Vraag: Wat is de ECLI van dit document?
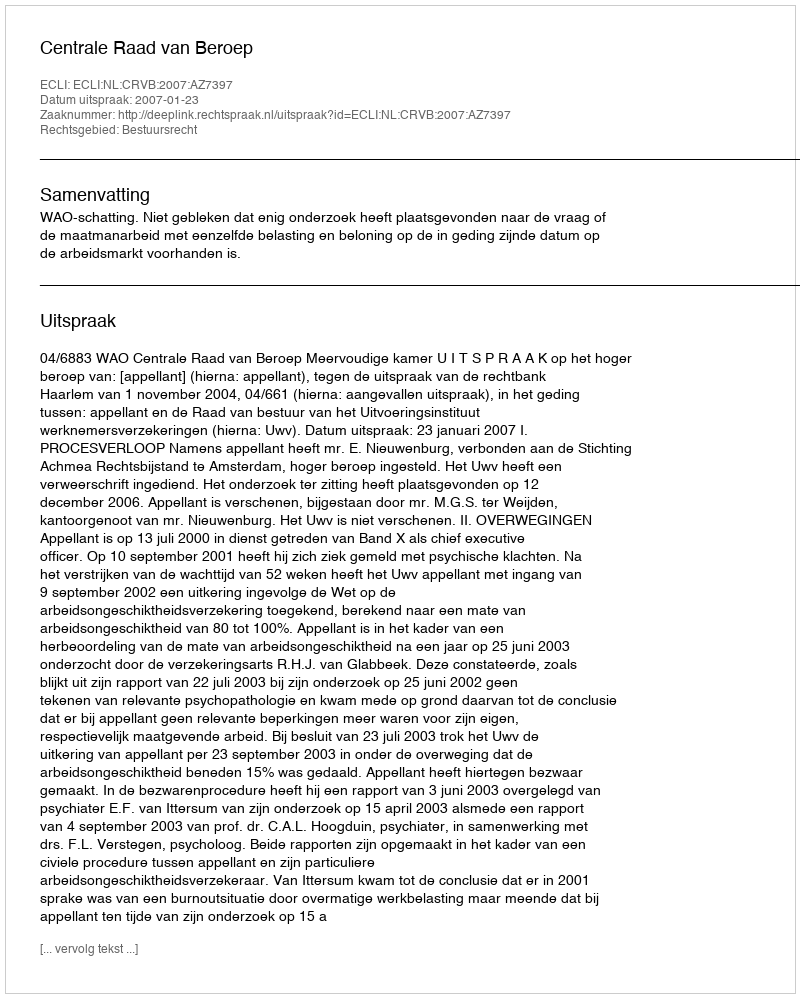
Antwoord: ECLI:NL:CRVB:2007:AZ7397